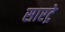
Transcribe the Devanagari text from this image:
सारट्रे